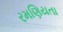
રમણિયતા